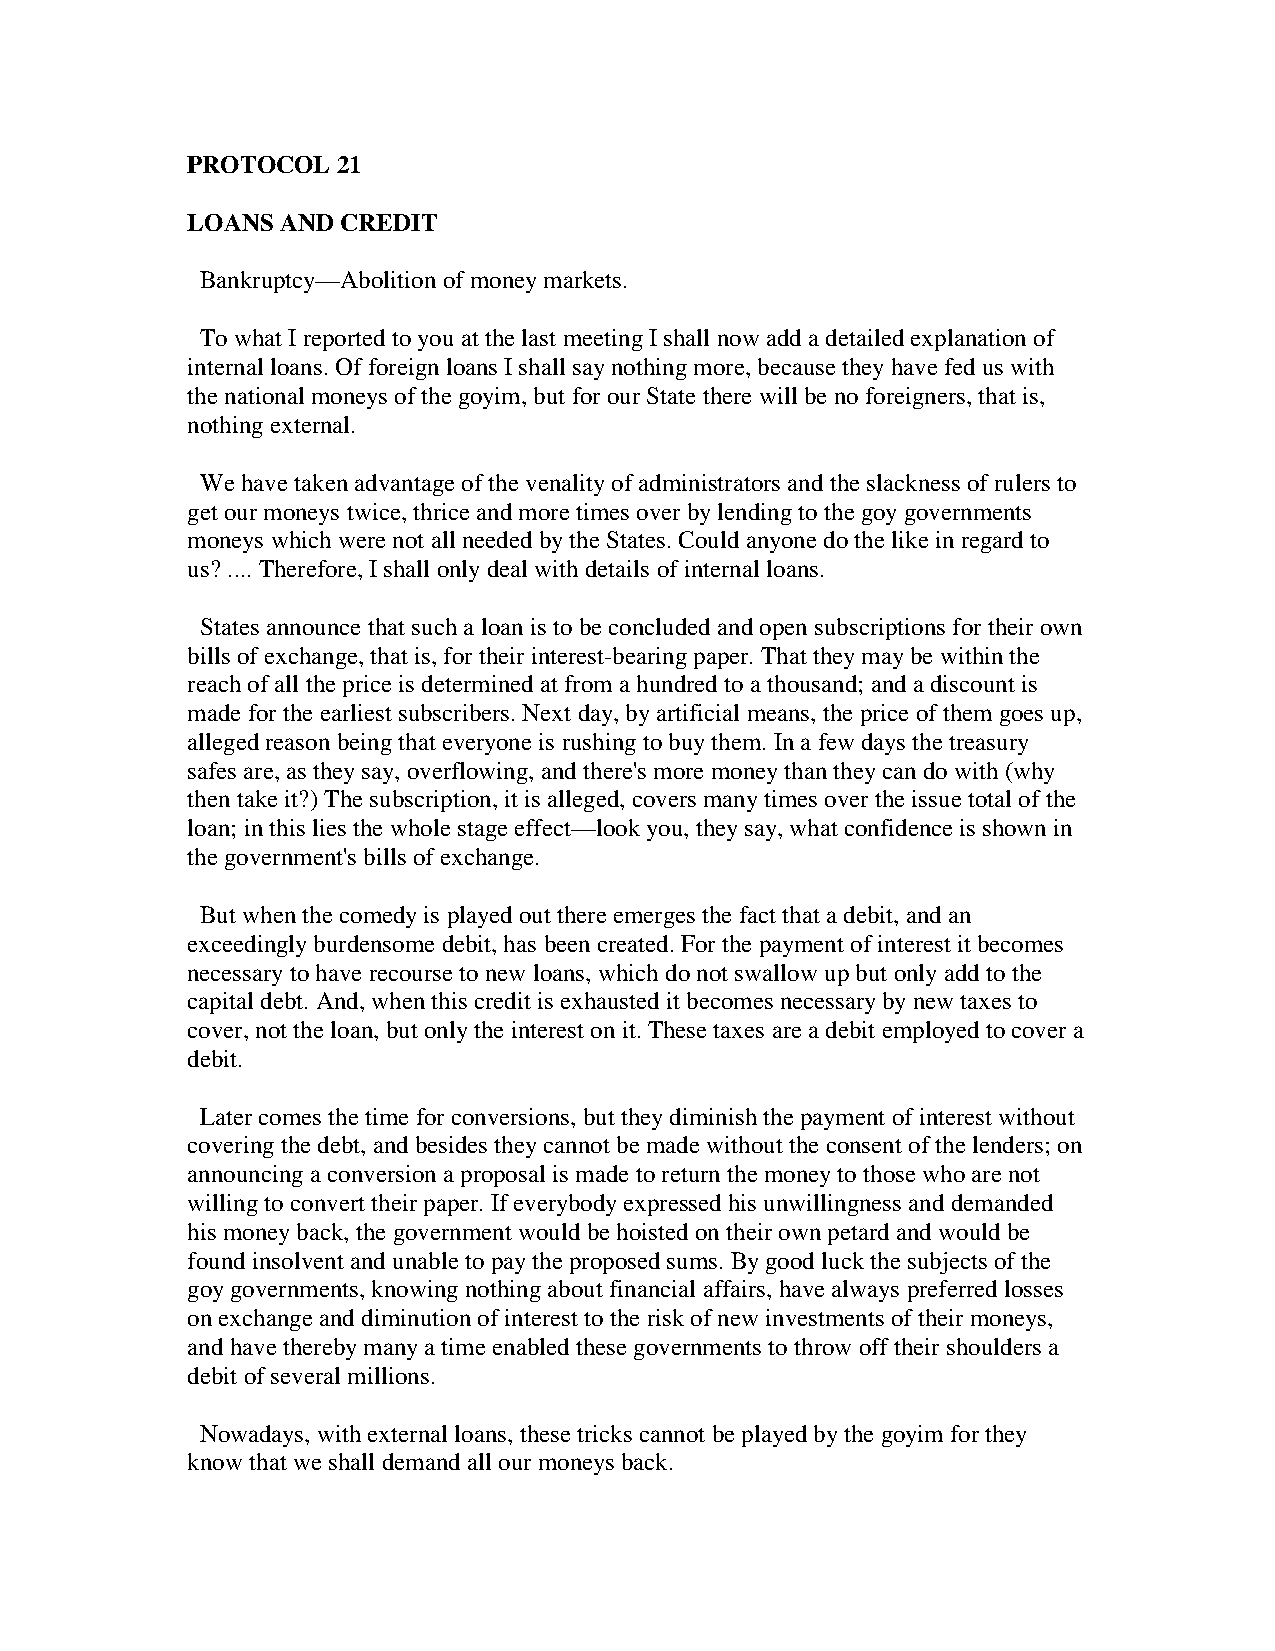
PROTOCOL  21
 LOANS  AND CREDIT
 Bankruptcy—Abolition of money markets.
 To what I reported to you at the last meeting I shall now add a detailed explanation of
 internal loans. Of foreign loans I shall say nothing more, because they have fed us with
 the national moneys of the goyim, but for our State there will be no foreigners, that is,
 nothing external.
 We have taken advantage of the venality of administrators and the slackness of rulers to
 get our moneys twice, thrice and more times over by lending to the goy governments
 moneys which were not all needed by the States. Could anyone do the like in regard to
 us? .... Therefore, I shall only deal with details of internal loans.
 States announce that such a loan is to be concluded and open subscriptions for their own
 bills of exchange, that is, for their interest-bearing paper. That they may be within the
 reach of all the price is determined at from a hundred to a thousand; and a discount is
 made for the earliest subscribers. Next day, by artificial means, the price of them goes up,
 alleged reason being that everyone is rushing to buy them. In a few days the treasury
 safes are, as they say, overflowing, and there's more money than they can do with (why
 then take it?) The subscription, it is alleged, covers many times over the issue total of the
 loan; in this lies the whole stage effect—look you, they say, what confidence is shown in
 the government's bills of exchange.
 But when the comedy is played out there emerges the fact that a debit, and an
 exceedingly burdensome debit, has been created. For the payment of interest it becomes
 necessary to have recourse to new loans, which do not swallow up but only add to the
 capital debt. And, when this credit is exhausted it becomes necessary by new taxes to
 cover, not the loan, but only the interest on it. These taxes are a debit employed to cover a
 debit.
 Later comes the time for conversions, but they diminish the payment of interest without
 covering the debt, and besides they cannot be made without the consent of the lenders; on
 announcing a conversion a proposal is made to return the money to those who are not
 willing to convert their paper. If everybody expressed his unwillingness and demanded
 his money back, the government would be hoisted on their own petard and would be
 found insolvent and unable to pay the proposed sums. By good luck the subjects of the
 goy governments, knowing nothing about financial affairs, have always preferred losses
 on exchange and diminution of interest to the risk of new investments of their moneys,
 and have thereby many a time enabled these governments to throw off their shoulders a
 debit of several millions.
 Nowadays, with external loans, these tricks cannot be played by the goyim for they
 know that we shall demand all our moneys back.